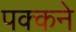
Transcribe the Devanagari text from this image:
पक्कने